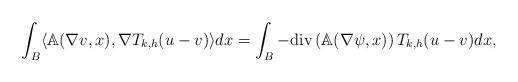
LaTeX: \begin{align*}\int_{B} \langle \mathbb{A}(\nabla v,x), \nabla T_{k,h}(u-v) \rangle dx = \int_{B} - \mathrm{div}\left(\mathbb{A}(\nabla \psi,x)\right) T_{k,h}(u-v) dx, \end{align*}